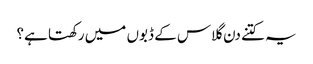
یہ کتنے دن گلاس کے ڈبوں میں رکھتا ہے؟